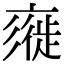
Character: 𢒲